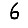
Digit: 6